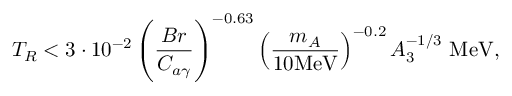
T _ { R } < 3 \cdot 1 0 ^ { - 2 } \left( \frac { B r } { C _ { a \gamma } } \right) ^ { - 0 . 6 3 } \left( \frac { m _ { A } } { 1 0 \mathrm { M e V } } \right) ^ { - 0 . 2 } A _ { 3 } ^ { - 1 / 3 } \mathrm { ~ M e V } ,